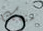
منعك